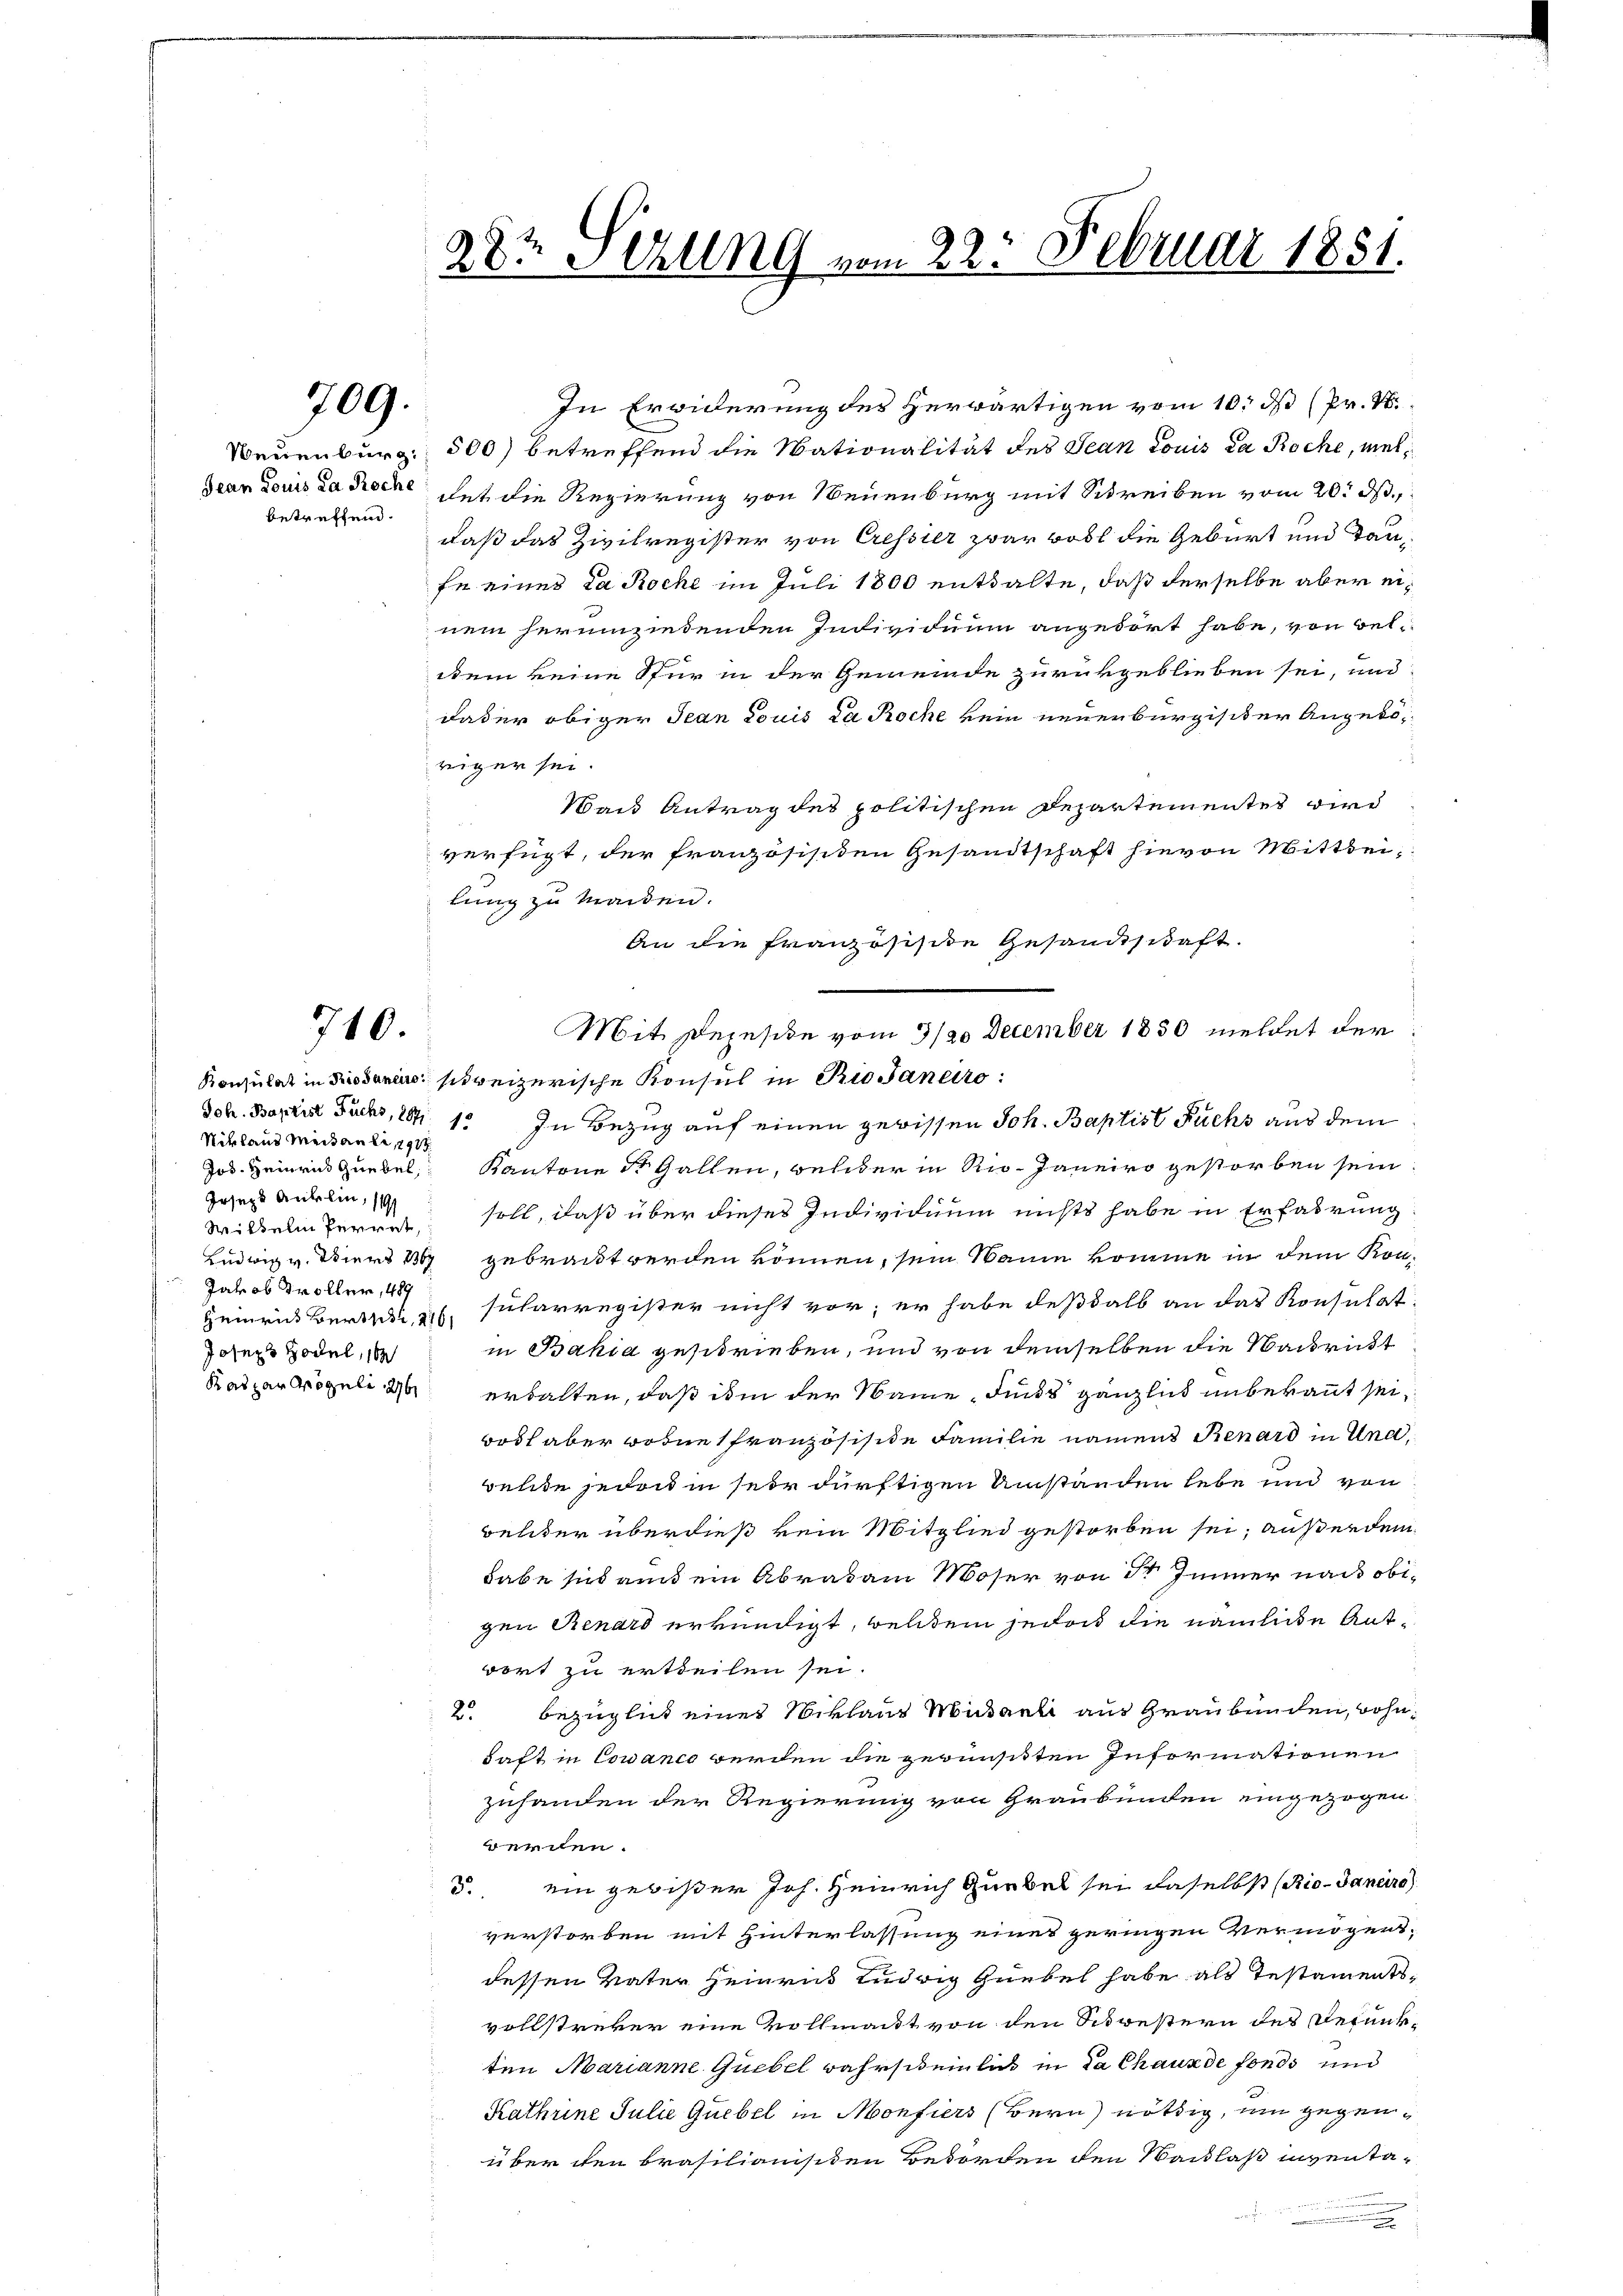
709.

betreffend.

710.

Nikland Meitante, 191
Joseph Anklin, 191
Jakob Troller, 489
Heinricht Berts, 216,
Joseph Hodel, 16

28te Stung vom 22. Februar 1881.

In Erwiderung des Herwärtigen vom 10. ds (Pr. N
Neuenburg. 500) betreffend die Nationalität des Jean Louis da Roche, meldean Louis da Roche hat die Regierung von Neuenburg mit Schreiben vom 20. ds.
daß das Zivilregister von Cressier zwar voll die Geburt und Taufe eines Da Roche im Juli 1800 entsalte, daß derselbe aber einem herumziedenden Individuum angedört habe, von weldem keine Stur in der Gemeinde zurükgeblieben sei, und
dader obiger Jean Louis la Roche kein neuenburgister Angebod
riger sei.
Wand Antrag des politischen Departementes wird
i
verfügt, der französischen Gesandtschaft hievon Mittheilung zu maiden.
An die Französisite Gesandtschaft.
Konsulat in Boden schweizerische Konsul in Rio Janeiro:
Joh. Baptist Fuchs, 1841. In Bezug auf einen gewissen Joh. Baptist Fuchs aus dem
Jos. Heinri Huebel Kantone St. Gallen, welder in Rio- Janeiro gestorben sein
Wilkeln ferret, soll, daß über dieses Individuum nichts habe in Erfahrung
Ludwig v. Tiers 1867 gebracht werden können, sein Saum komme in dem Kon-
sularregister nicht vor; er habe deßhalb an das Konsulat
in Bahia geschrieben, und von demselben die Nachritt
Kaspar reguli 2 erhalten, daß ihm der Name Finds gänzlich unbekannt sei,
Bodt aber wohne französisite Familie namen Renard in Und,
elte jedoch in seir dürftigen Umständen lebe und von
Belter überdieß kein Mitglied gestorben sei, außerdem
habe sich an ein Abratam Moser von dr Immer nach obigen Renard erkundigt, welchem jedoch die nämliche Antwort zu ertheilen sei.
2. bezüglich eines Niklaus Museeli aus Graubünden, wohndaft in Cowanco werden die gewünschten Informationen
zuhanden der Regierung von Graubünden eingezogen.
wernen.
3. ein gewißer Joh. Heinrich Gubel sei daselbst (Rie-Janeiro
verstorben mit Hinterlassung eines geringen Vermögensdessen Vater Heinrus Ludwig Grebel habe als Testamentsvollstreker eine Vollmacht von den Schwestern des Depunkten Marianne Guebel wahrscheinlaß in da Chaux de fonds und
Kathrine Julie Quebel in Monfiers (Bern nöthig, um gegenüber den brasilianisiten Bedorfen den Waidlaß inventa¬
u

Mit Depeside vom 3/20 December 1850 meldet der